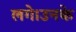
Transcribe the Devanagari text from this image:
लगे।उनके